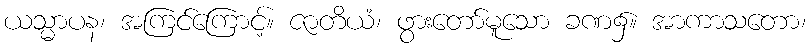
ယသ္မာပန၊ အကြင်ကြောင့်။ ဇာတိယံ၊ ဖွားတော်မူသော ခဏ၌။ အာကာသတော၊